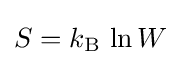
S=k_{\text{B}}\,\ln W